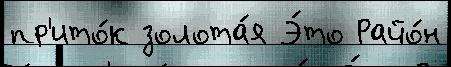
пр'ито́к золота́я Э́то Райо́н